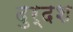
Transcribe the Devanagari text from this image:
दुर्दश